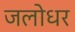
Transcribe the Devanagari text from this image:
जलोधर